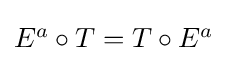
{\textstyle E^{a}\circ T=T\circ E^{a}}